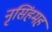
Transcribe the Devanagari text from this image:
नृसिंहमहं